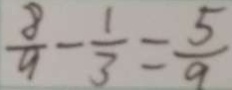
\frac { 8 } { 9 } - \frac { 1 } { 3 } = \frac { 5 } { 9 }